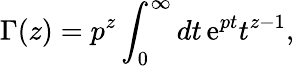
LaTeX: \Gamma(z)=p^{z}\int_{0}^{\infty}dt\, \mathrm{e}^{pt}t^{z-1},